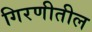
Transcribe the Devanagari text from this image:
गिरणीतील